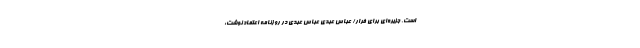
است. جزیره‌ای برای فرار/ عباس عبدی عباس عبدی در روزنامه اعتماد نوشت: